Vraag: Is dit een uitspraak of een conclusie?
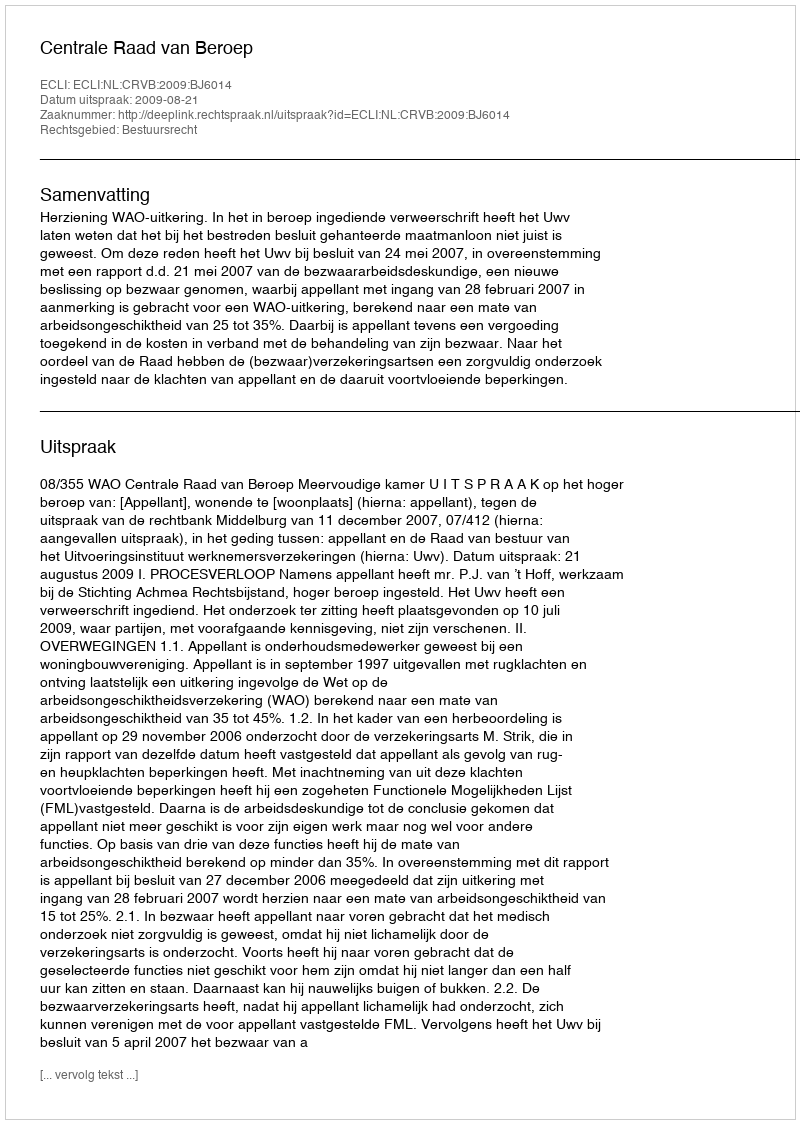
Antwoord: Uitspraak